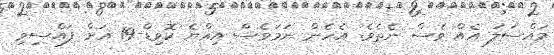
މައްސަލަ އެއް ވެސް ނެތެވެ. އެހެން ނަމަވެސް އިއްޔެ ކޮވިޑް-19 އަށް ފައްސިވި